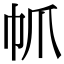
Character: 𢁬